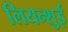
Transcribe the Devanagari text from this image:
लियन्शुई